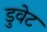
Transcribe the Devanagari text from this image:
डुवेट